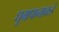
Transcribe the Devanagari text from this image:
धूम्रपानाकडे